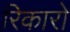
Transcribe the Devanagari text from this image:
रिकारो